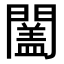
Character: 𨶩